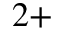
^ { 2 + }